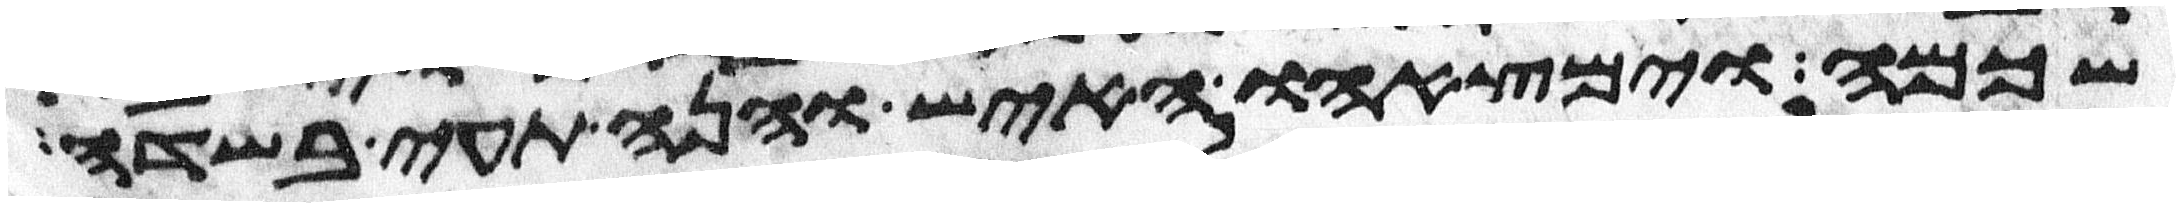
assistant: שכמה וימצאהו האיש והנה תעה בשדה